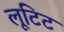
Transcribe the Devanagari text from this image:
लूटिट